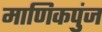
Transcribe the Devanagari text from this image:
माणिकपुंज